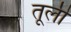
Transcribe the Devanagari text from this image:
तूली